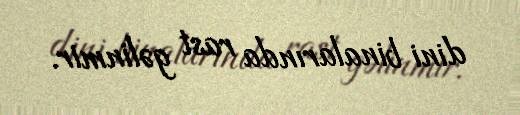
dini binalarında rast gəlinmir.